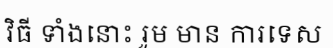
វិធី ទាំងនោះ រួម មាន ការទេស